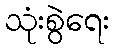
သုံးစွဲရေး